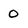
Character: 0